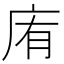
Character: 𢈓